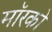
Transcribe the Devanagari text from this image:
मॉरको